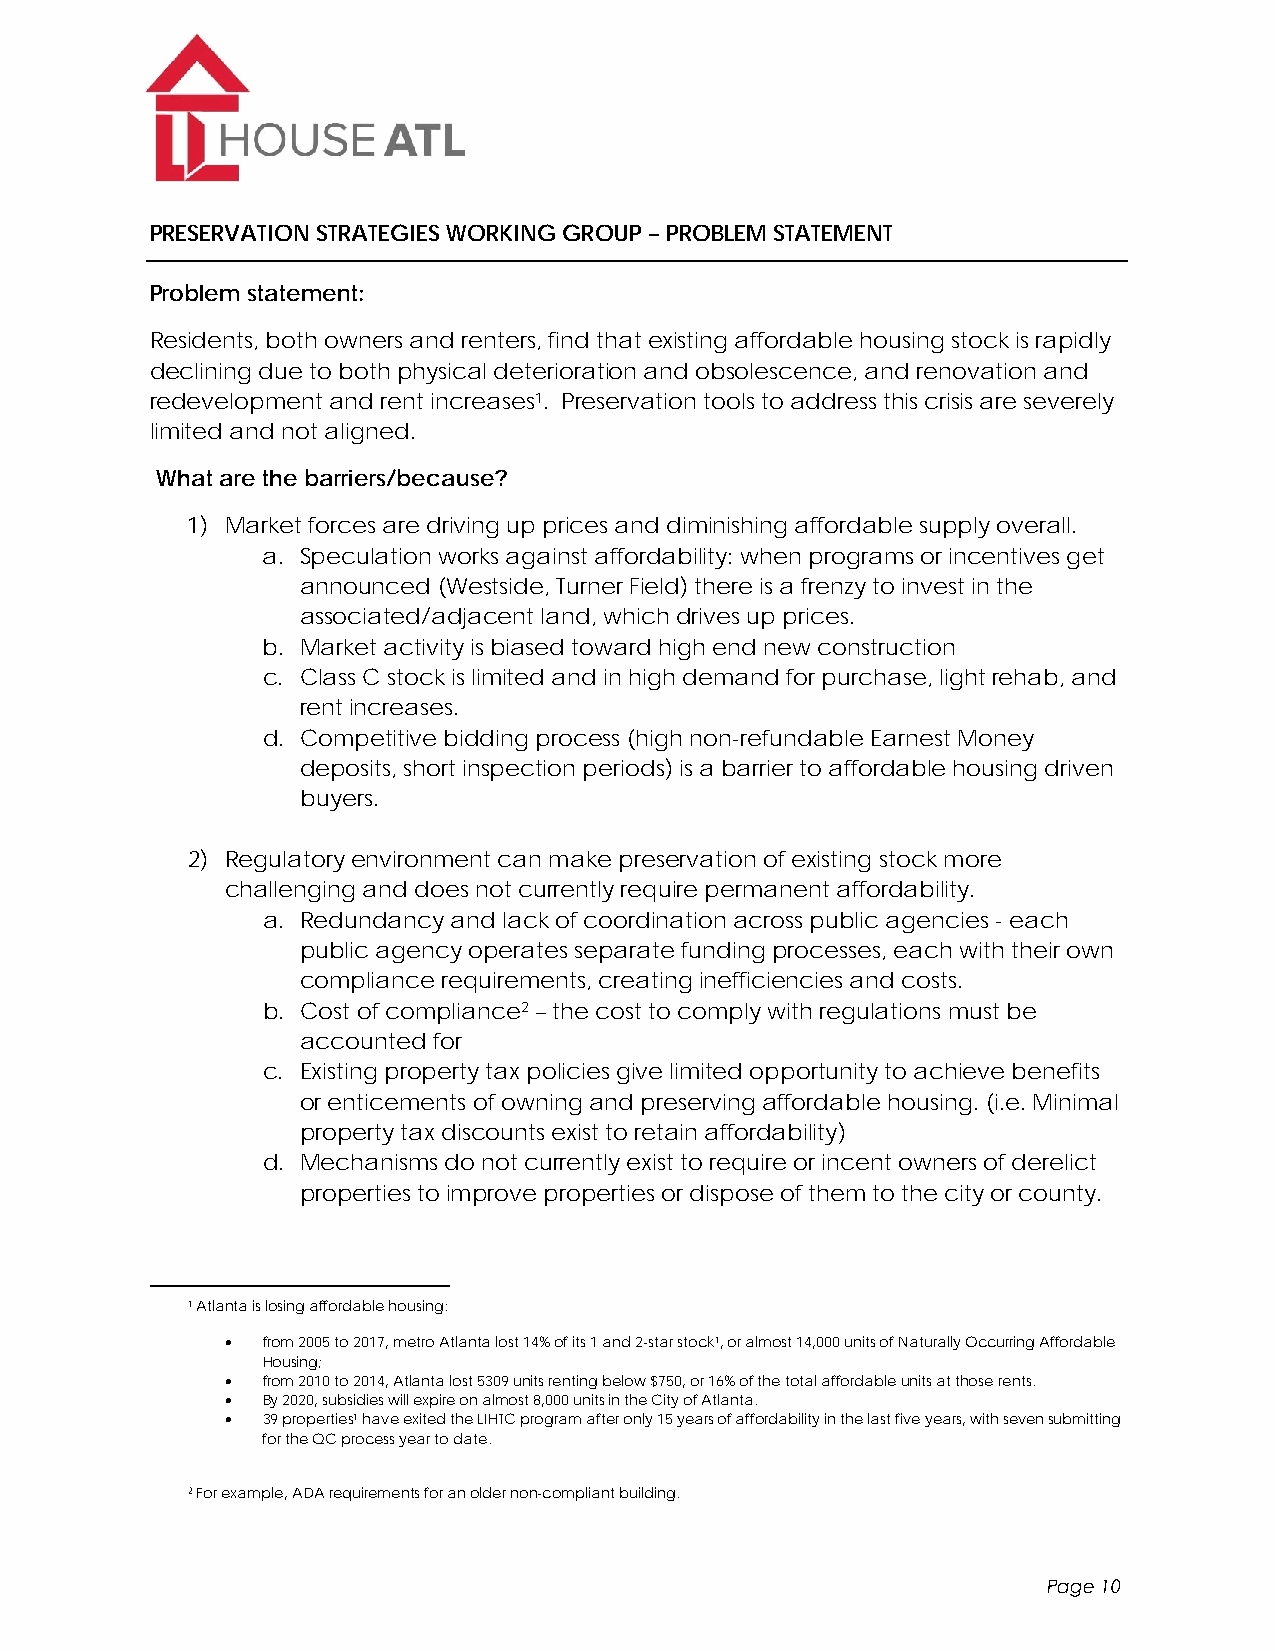
PRESERVATION STRATEGIES WORKING GROUP – PROBLEM STATEMENT
 Problem statement:
 Residents, both owners and renters, find that existing affordable housing stock is rapidly
 declining due to both physical deterioration and obsolescence, and renovation and
 redevelopment and rent increases1. Preservation tools to address this crisis are severely
 limited and not aligned.
 What are the barriers/because?
 1) Market forces are driving up prices and diminishing affordable supply overall.
 a. Speculation works against affordability: when programs or incentives get
 announced (Westside, Turner Field) there is a frenzy to invest in the
 associated/adjacent land, which drives up prices.
 b. Market activity is biased toward high end new construction
 c. Class C stock is limited and in high demand for purchase, light rehab, and
 rent increases.
 d. Competitive bidding process (high non-refundable Earnest Money
 deposits, short inspection periods) is a barrier to affordable housing driven
 buyers.
 2) Regulatory environment can make preservation of existing stock more
 challenging and does not currently require permanent affordability.
 a. Redundancy and lack of coordination across public agencies - each
 public agency operates separate funding processes, each with their own
 compliance requirements, creating inefficiencies and costs.
 b. Cost of compliance2 – the cost to comply with regulations must be
 accounted for
 c. Existing property tax policies give limited opportunity to achieve benefits
 or enticements of owning and preserving affordable housing. (i.e. Minimal
 property tax discounts exist to retain affordability)
 d. Mechanisms do not currently exist to require or incent owners of derelict
 properties to improve properties or dispose of them to the city or county.
 1 Atlanta is losing affordable housing:
  from 2005 to 2017, metro Atlanta lost 14% of its 1 and 2-star stock1, or almost 14,000 units of Naturally Occurring Affordable
 Housing;
  from 2010 to 2014, Atlanta lost 5309 units renting below $750, or 16% of the total affordable units at those rents.
  By 2020, subsidies will expire on almost 8,000 units in the City of Atlanta.
  39 properties1 have exited the LIHTC program after only 15 years of affordability in the last five years, with seven submitting
 for the QC process year to date.
 2 For example, ADA requirements for an older non-compliant building.
 Page 10